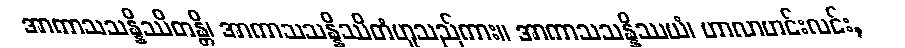
အာကာသသန္နိဿိတန္တိ၊ အာကာသသန္နိဿိတံဟူသည်ကား။ အာကာသသန္နိဿယံ၊ ဟာလာဟင်းလင်း,